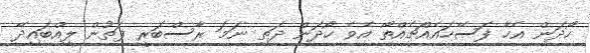
ހޯދަން އެހާ ފަސޭހައެއްޗެއްތޯ އެވެ ހޯދަން ދަތި ނަމަ ރާސްބަރީ ފަތުން ލިއްބައިދޭ